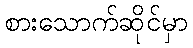
စားသောက်ဆိုင်မှာ